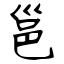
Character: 邕